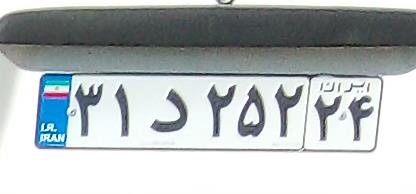
۳۱د۲۵۲۲۴